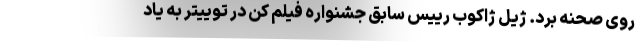
روی صحنه برد. ژیل ژاکوب رییس سابق جشنواره فیلم کن در توییتر به یاد